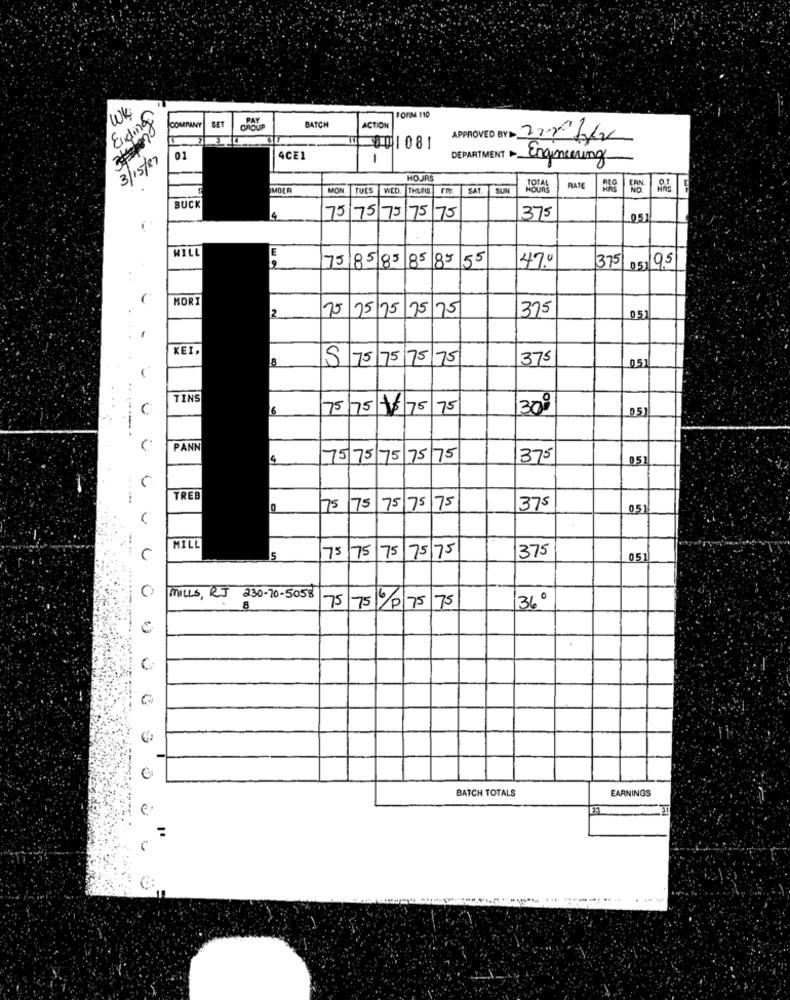
WK
FORM 110
Ending
COMPANY
PAY
BATCH
ACTION
APPROVED BY 2020/20
001081
3/15/87
01
4CE1
DEPARTMENT
Engineering
HOJAS
MOER
MON
WED
THUFIS
SAT
SUN
TOTAL
RATE
BUCK
75
75
75
75
75/75
75/75
75
375
051
WILL
E
19
15 85 85 85 85 55
47.0
375 05/95
KORT
2
15 15/15 15 75
375
051
-
KEI.
S 75 75 75 75
375
0.5
TINS
C
75/75 -8 75 75
300
05
PANN
75 75 75 75 75
375
051
TREB
75
175
175 75 75
375
0,51
MILL
75
75
75 /75/75
375
051
MILLS, RJ 230-70-5058
75
75%P 75 75
360
. 8
0
BATCH TOTALS
EARNINGS
e
32